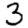
Digit: 3